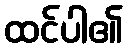
ထင်ပါ၏